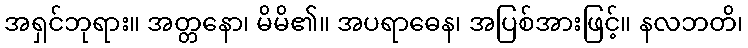
အရှင်ဘုရား။ အတ္တနော၊ မိမိ၏။ အပရာဓေန၊ အပြစ်အားဖြင့်။ နလဘတိ၊